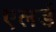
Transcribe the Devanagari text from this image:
एलर्ड